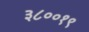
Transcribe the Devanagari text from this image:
३८००१९